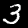
Digit: 3